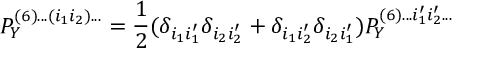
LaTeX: P _ { Y } ^ { ( 6 ) . . . ( i _ { 1 } i _ { 2 } ) . . . } = \frac { 1 } { 2 } ( \delta _ { i _ { 1 } i _ { 1 } ^ { \prime } } \delta _ { i _ { 2 } i _ { 2 } ^ { \prime } } + \delta _ { i _ { 1 } i _ { 2 } ^ { \prime } } \delta _ { i _ { 2 } i _ { 1 } ^ { \prime } } ) P _ { Y } ^ { ( 6 ) . . . i _ { 1 } ^ { \prime } i _ { 2 } ^ { \prime } . . . }